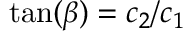
\tan ( \beta ) = c _ { 2 } / c _ { 1 }